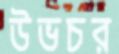
উভচর